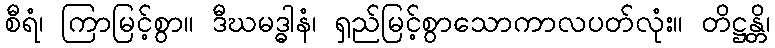
စီရံ၊ ကြာမြင့်စွာ။ ဒီဃမဒ္ဓါနံ၊ ရှည်မြင့်စွာသောကာလပတ်လုံး။ တိဋ္ဌန္တိ၊